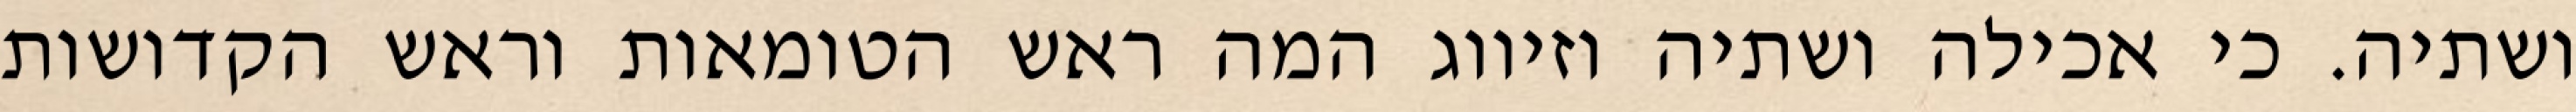
ושתיה. כי אכילה ושתיה וזיווג המה ראש הטומאות וראש הקדושות